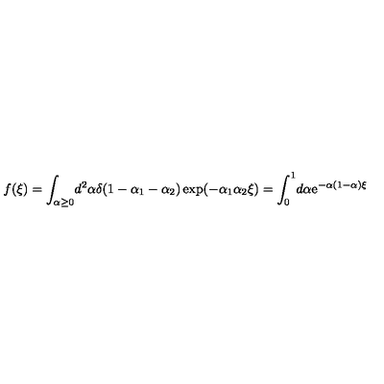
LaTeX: f ( \xi ) = \int _ { \alpha \geq 0 } \! d ^ { 2 } \alpha \delta ( 1 - \alpha _ { 1 } - \alpha _ { 2 } ) \exp ( - \alpha _ { 1 } \alpha _ { 2 } \xi ) = \int _ { 0 } ^ { 1 } \! d \alpha \mathrm { e } ^ { - \alpha ( 1 - \alpha ) \xi }